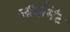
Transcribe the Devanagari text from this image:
ऑर्नामेंट